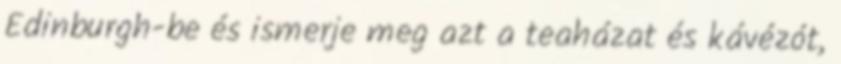
Edinburgh-be és ismerje meg azt a teaházat és kávézót,